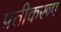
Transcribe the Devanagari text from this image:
प्रतीकरूप